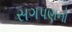
સગપણનો